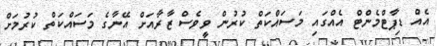
އެއް ޑިޕާޓްމެންޓް އެއްގައި މަސައްކަތް ކުރުން ވީވެސް ޒާރާއަށް އޭނާގެ މަސައްކަތް ކުރުމަށް